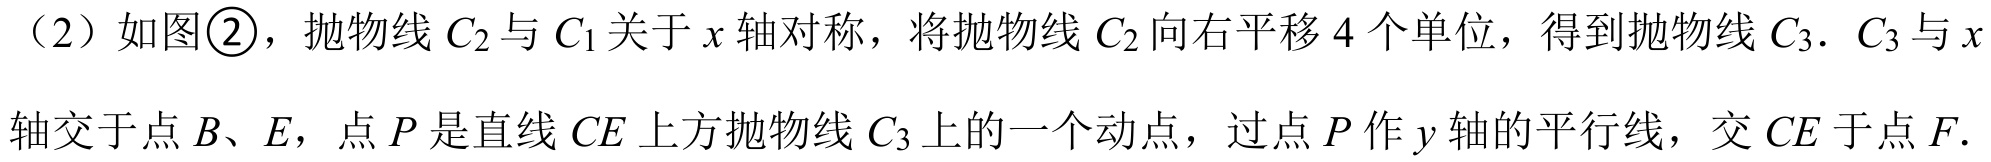
（2）如图\textcircled{2}，抛物线\(C_{2}\)与\(C_{1}\)关于\(x\)轴对称，将抛物线\(C_{2}\)向右平移\(4\)个单位，得到抛物线\(C_{3}\). \(C_{3}\)与\(x\)
轴交于点\(B\)、\(E\)，点\(P\)是直线\(CE\)上方抛物线\(C_{3}\)上的一个动点，过点\(P\)作\(y\)轴的平行线，交\(CE\)于点\(F\).